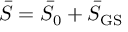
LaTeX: \bar { S } = \bar { S } _ { 0 } + \bar { S } _ { \mathrm { G S } }